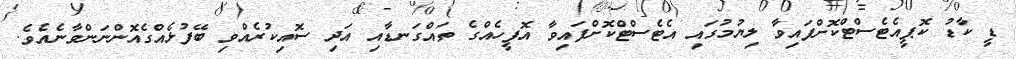
ޑީ ކާޑު ކޮޕީއެޓެސްޓްކޮށްފައިވާ ލިޔުމުގައި އެޓެސްޓްކޮށްފައިވާ އޮފީހެއްގެ ތައްގަނޑާއި އަދި ސޮއިކުރެއްވި ބޭފުޅެއްގެއޮންނަންވާނެއެވެ.